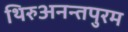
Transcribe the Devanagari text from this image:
थिरुअनन्तपुरम